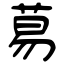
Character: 䓪